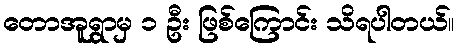
တောအူရွာမှ ၁ ဦး ဖြစ်ကြောင်း သိရပါတယ်။